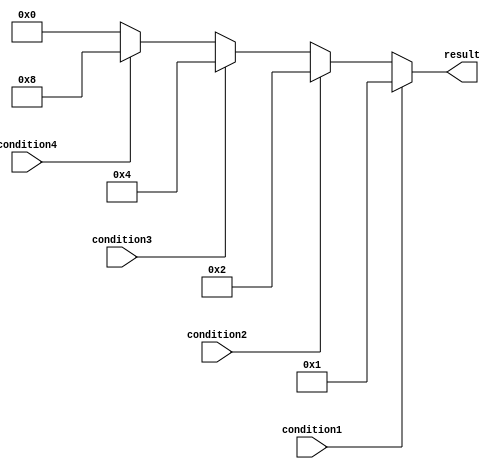
module multiple_if_else(
    input wire condition1,
    input wire condition2,
    input wire condition3,
    input wire condition4,
    output reg [3:0] result
);

always @(*)
begin
    if(condition1)
        result = 4'b0001;
    else if(condition2)
        result = 4'b0010;
    else if(condition3)
        result = 4'b0100;
    else if(condition4)
        result = 4'b1000;
    else
        result = 4'b0000;
end

endmodule